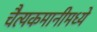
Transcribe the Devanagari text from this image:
चैत्यकमानीमध्ये